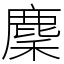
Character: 麇